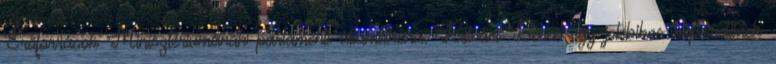
Erőforrások Minisztériumának parlamenti államtitkára. Rétvári Bence egy jobbikos képviselőnek